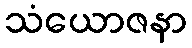
သံယောဇနာ